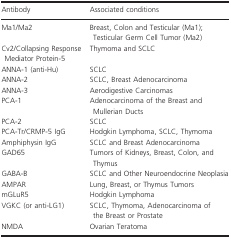
| Antibody | Associated conditions |
 | --- | --- |
 | Ma1/Ma2 | Breast, Colon and Testicular (Ma1);Testicular Germ Cell Tumor (Ma2) |
 | Cv2/Collapsing Response Mediator Protein‐5 | Thymoma and SCLC |
 | ANNA‐1 (anti‐Hu) | SCLC |
 | ANNA‐2 | SCLC, Breast Adenocarcinoma |
 | ANNA‐3 | Aerodigestive Carcinomas |
 | PCA‐1 | Adenocarcinoma of the Breast and Mullerian Ducts |
 | PCA‐2 | SCLC |
 | PCA‐Tr/CRMP‐5 IgG | Hodgkin Lymphoma, SCLC, Thymoma |
 | Amphiphysin IgG | SCLC and Breast Adenocarcinoma |
 | GAD65 | Tumors of Kidneys, Breast, Colon, and Thymus |
 | GABA‐B | SCLC and Other Neuroendocrine Neoplasia |
 | AMPAR | Lung, Breast, or Thymus Tumors |
 | mGLuR5 | Hodgkin Lymphoma |
 | VGKC (or anti‐LG1) | SCLC, Thymoma, Adenocarcinoma of the Breast or Prostate |
 | NMDA | Ovarian Teratoma |